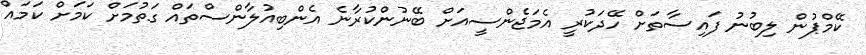
ކޭމްޕުން ލިބުނު ފައިސާތަށް ހޭދަކުރީ އެމަޖެންސީއަށް ބޭނުންކުރާނެ އެންބިއުލާންސްތައް ގަތުމަށް ކަމަށް ކަމައް